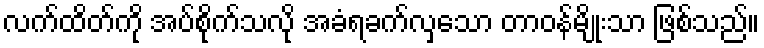
လက်ထိတ်ကို အပ်စိုက်သလို အခံရခက်လှသော တာဝန်မျိုးသာ ဖြစ်သည်။